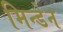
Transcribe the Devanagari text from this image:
मिन्डेन